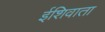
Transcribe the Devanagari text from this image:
ईशिवाता